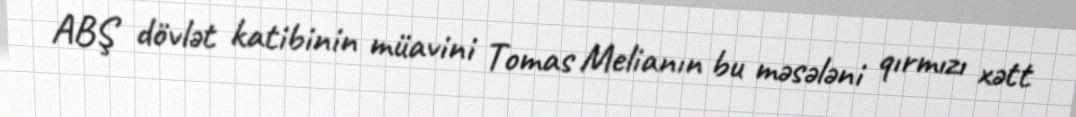
ABŞ dövlət katibinin müavini Tomas Melianın bu məsələni qırmızı xətt